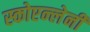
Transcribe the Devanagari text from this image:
स्कोएन्लेनी